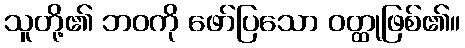
သူတို့၏ ဘဝကို ဖော်ပြသော ဝတ္ထုဖြစ်၏။